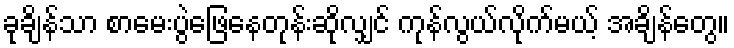
ခုချိန်သာ စာမေးပွဲဖြေနေတုန်းဆိုလျှင် ကုန်လွယ်လိုက်မယ့် အချိန်တွေ။